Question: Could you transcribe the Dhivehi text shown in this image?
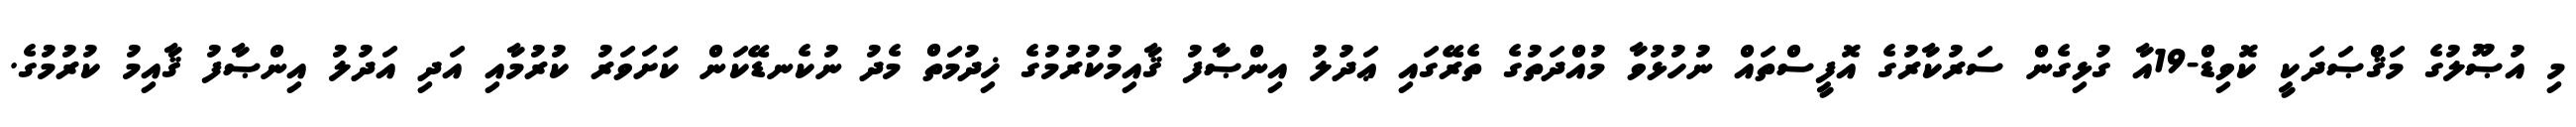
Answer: މި އުޞޫލުގެ މަޤްޞަދަކީ ކޮވިޑް-19އާ ގުޅިގެން ސަރުކާރުގެ އޮފީސްތައް ނުހުޅުވާ މުއްދަތުގެ ތެރޭގައި ޢަދުލު އިންޞާފު ޤާއިމުކުރުމުގެ ޚިދުމަތް މެދު ނުކެނޑޭކަން ކަށަވަރު ކުރުމާއި އަދި އަދުލު އިންޞާފު ޤާއިމު ކުރުމުގެ.